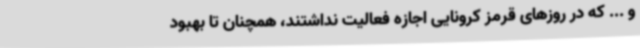
و ... که در روزهای قرمز کرونایی اجازه فعالیت نداشتند، همچنان تا بهبود